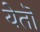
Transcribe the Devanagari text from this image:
येतॊ